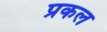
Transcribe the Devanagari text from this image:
प्रकल